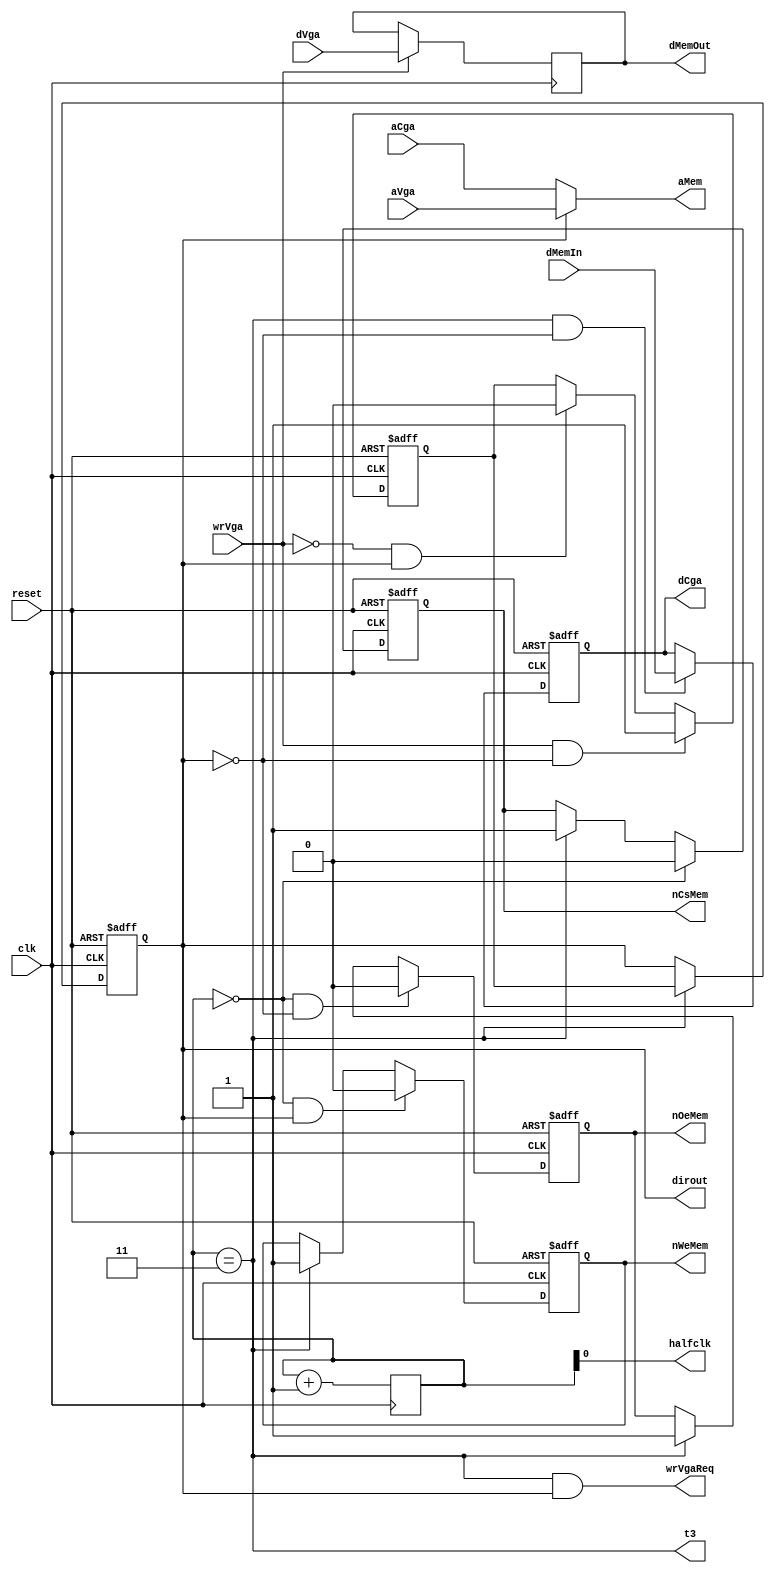
//--------------------------------------------------------------
//
// Memory controller module
//
//--------------------------------------------------------------

module memory(  clk, reset, wrVga, dVga, aVga, dCga, aCga, 
                dMemIn, dMemOut, aMem, dirout, nCsMem, nOeMem, nWeMem, t3, halfclk, wrVgaReq );

    input   clk;                    // 25mhz clock
    input   reset;                  // reset

    input   wrVga;                  // VGA write request 
    input   [7:0]  dVga;            // VGA write data 
    input   [15:0] aVga;            // VGA address bus 

    output  [7:0]  dCga;            // CGA data bus
    input   [15:0] aCga;            // CGA address bus 

    input   [7:0]  dMemIn;          // Memory data bus
    output  [7:0]  dMemOut;         // Memory data bus
    output  [15:0] aMem;            // Memory address bus
    output  dirout;                 // direction bus to output
    output  nCsMem, nOeMem, nWeMem; // sygnal static memory control

    output  t3;                     // last tick
	output	halfclk;				// clock divided by 2
    output  wrVgaReq;               // request write 

    reg wrRequest;
    reg wrCycle;
    
	//----------------------------------------------------------
    // State machine
    //----------------------------------------------------------

    reg     [1:0] state;            // machine of state
    wire    t0, t1, t2;

    always @ ( posedge clk )
    begin
            state <= state + 1;
    end

    assign  t0 = (state == 2'b00);
    assign  t1 = (state == 2'b01);
    assign  t2 = (state == 2'b10);
    assign  t3 = (state == 2'b11);
    assign halfclk = state[0];
    assign  wrVgaReq = t3 & wrCycle;

    //----------------------------------------------------------
    // Register Write data
    //----------------------------------------------------------

    reg [7:0] wrBuf;                // buffer for writing data

    always @ ( posedge clk )
    begin
        if (wrVga)                  // in time write request save data from datai
            wrBuf <= dVga;
    end

    assign dMemOut = wrBuf; 

    //----------------------------------------------------------
    // Register Write request
    //----------------------------------------------------------

    always @ ( posedge clk or posedge reset )
    begin
        if (reset)
            wrRequest <= 0;
        else        
            if (wrVga & ~wrCycle)
                wrRequest <= 1;
            else if (~wrVga & wrCycle)
                wrRequest <= 0;
    end

    //----------------------------------------------------------
    // Register Write cycle
    //----------------------------------------------------------

    always @ ( posedge clk or posedge reset )
    begin
        if (reset)
            wrCycle <= 0;
        else if (t3)
            wrCycle <= wrRequest;
    end
	
	assign dirout = wrCycle;

    //----------------------------------------------------------
    // Address bus
    //----------------------------------------------------------

    assign aMem = wrCycle ? aVga : aCga;

    //----------------------------------------------------------
    // Data bus
    //----------------------------------------------------------

    reg [7:0] rdBuf;                        // buffer for reading data

    always @ ( posedge clk or posedge reset )
    begin
        if (reset)
            rdBuf <= 0;
        else if (t3 & ~wrCycle)
            rdBuf <= dMemIn;
    end
    
    assign dCga = rdBuf;

    //----------------------------------------------------------
    // Memory control lines
    //----------------------------------------------------------

    reg csMem, oeMem, weMem;

    always @ ( posedge clk or posedge reset )
    begin
        if (reset)
            csMem <= 1;
        else if (t0)
            csMem <= 0;
        else if (t3)
            csMem <= 1;
    end

    always @ ( posedge clk or posedge reset )
    begin
        if (reset)
            oeMem <= 1;
        else if (t0 & ~wrCycle)
            oeMem <= 0;
        else if (t3)
            oeMem <= 1;
    end

    always @ ( posedge clk or posedge reset )
    begin
        if (reset)
            weMem <= 1;
        else if (t0 & wrCycle)
            weMem <= 0;
        else if (t3)
            weMem <= 1;
    end

    assign nOeMem = oeMem;
    assign nWeMem = weMem;
    assign nCsMem = csMem;

endmodule